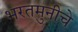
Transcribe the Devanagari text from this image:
भरतमुनीचे